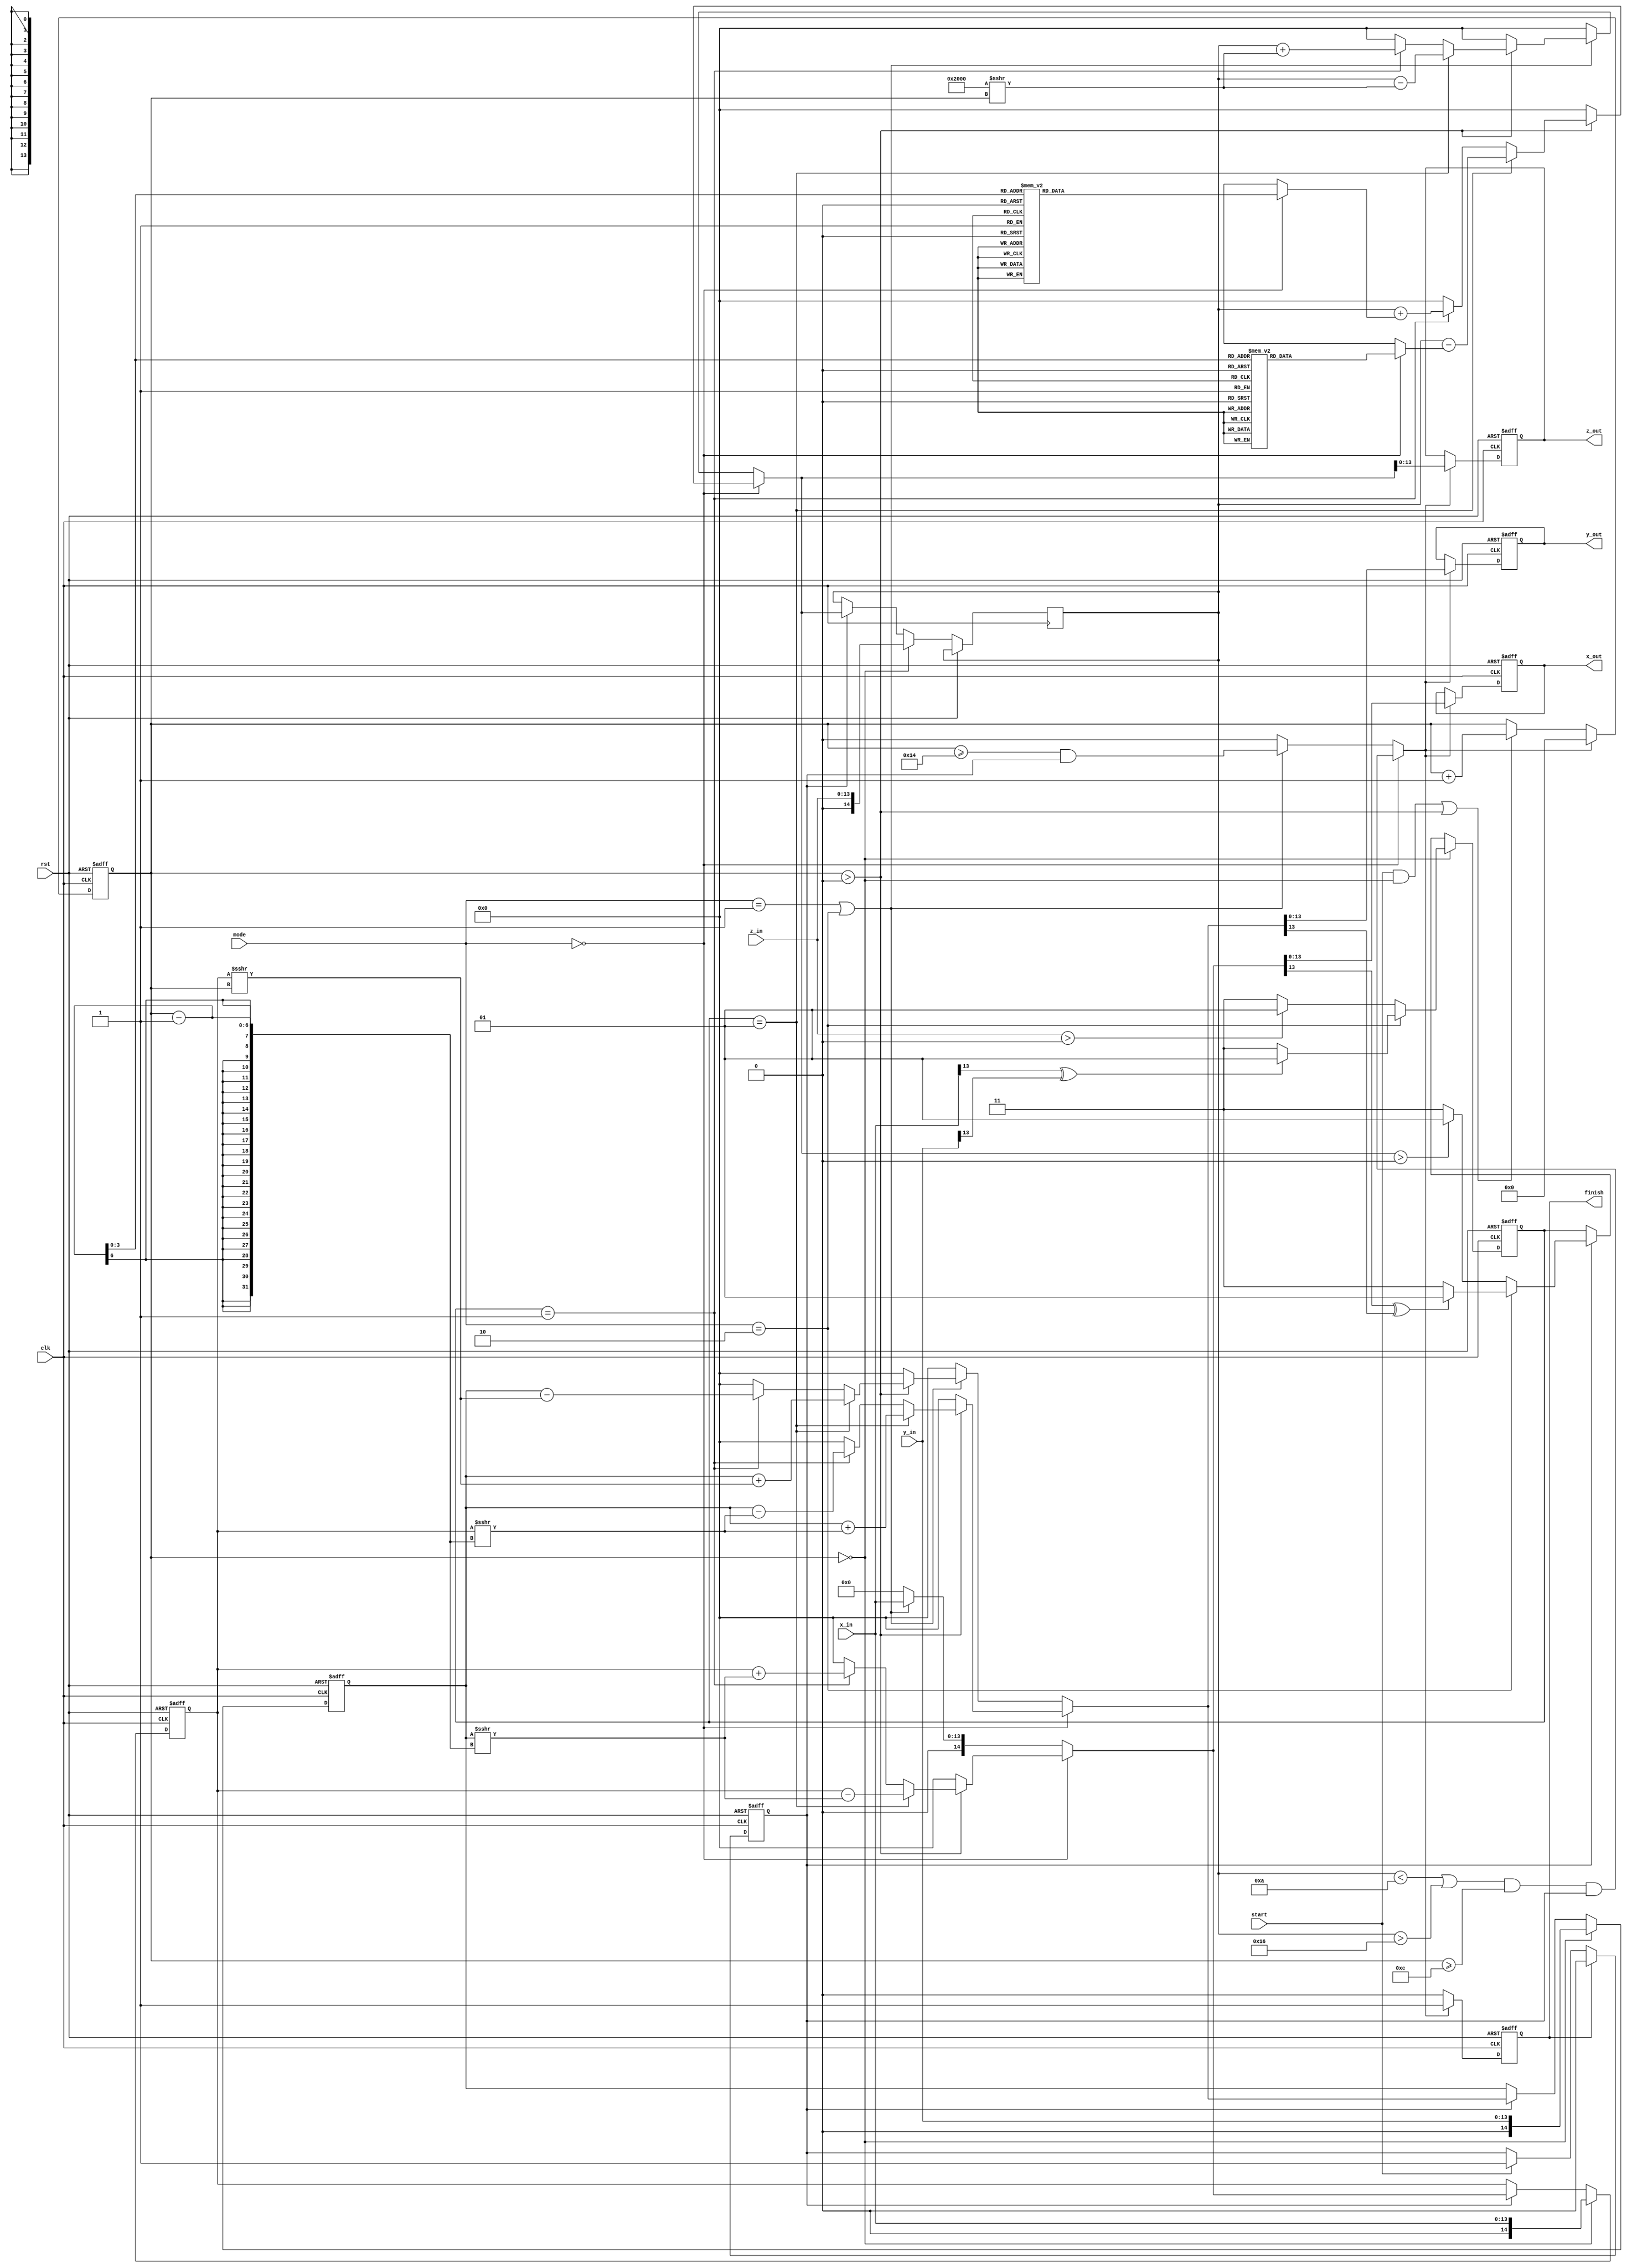
module cordic
(
input               clk,
input               rst,
input               start,
input   [3:0]       mode, //0:circle roatation mode / 1: multi /2:divide
input   [13:0]      x_in,
input   [13:0]      y_in,
input   [13:0]      z_in,
output reg [13:0]   x_out,
output reg [13:0]   y_out,
output reg [13:0]   z_out,
output reg          finish
);

reg signed  [14:0]      z_temp;
reg signed  [14:0]      x_temp;
reg signed  [14:0]      y_temp;
reg         [5:0]       i;
reg signed  [1:0]       d;
reg                     status;
reg                     finish_temp;
reg  signed [14:0]      x_compute;
reg  signed [14:0]      y_compute;
reg  signed [14:0]      z_compute;

always@(*)begin
    if(mode == 'd0)
        finish_temp =   (((z_temp < 'sd10 ) || (z_temp > -'sd10)) && (i >= 'd12)) && (status == 'd1);
    else if ((mode == 'd1) || (mode == 'd2))
        finish_temp =   (i >= 'd20) && (status == 'd1);
    else
        finish_temp =   'd0;
end

always@(*)begin
    if(mode == 'd0)begin
        x_compute   =   (i > 'd0)?  ((d == 'sd1)? (x_temp - (y_temp >>> (i - 1))) : (d == -'sd1)? (x_temp + (y_temp >>> (i - 1))) : 'sd0) : 'sd0;
        y_compute   =   (i > 'd0)?  ((d == 'sd1)? (y_temp + (x_temp >>> (i - 1))) : (d == -'sd1)? (y_temp - (x_temp >>> (i - 1))) : 'sd0) : 'sd0;
        z_compute   =   (i > 'd0)?  ((d == 'sd1)? (z_temp - ang(i-1)) : (d == -'sd1)? (z_temp + ang(i-1)) : 'sd0) : 'sd0;
    end else if ((mode == 'd1) || (mode == 'd2))begin
        x_compute   =   x_in;
        y_compute   =   (i > 'd0)?  ((d == 'sd1)? (y_temp + (x_temp >>> i)) : (d == -'sd1)? (y_temp - (x_temp >>> i)) : 'sd0) : 'sd0;
        z_compute   =   (i > 'd0)?  ((d == 'sd1)? (z_temp - (15'sh2000 >>> i)) : (d == -'sd1)? (z_temp + (15'h2000 >>> i)) : 'sd0) : 'sd0;
    end else begin
        x_compute   =   'd0;
        y_compute   =   'd0;
        z_compute   =   'd0;
    end
end

always@(posedge clk or posedge rst)begin
    if(rst)begin
        status      <=  'd0;
    end else begin
        if(finish)
            status      <=  'd0;
        else if (start)
            status      <=  'd1;
    end
end

always@(posedge clk or posedge rst)begin
    if(rst)begin
        x_temp      <=  'sd0;
        y_temp      <=  'sd0;
        x_out       <=  'sd0;
        y_out       <=  'sd0;
        z_out       <=  'sd0;
        i           <=  'd0;
        d           <=  'sd1;
        finish      <=  'd0;
    end else begin
        finish      <=  'd0;
        if((start && (i == 'd0)) || (i > 'd0))begin
            i   <=  i   +   'd1;
        end

        if(i == 'd0)begin
            x_temp  <=  x_in;
            y_temp  <=  y_in;
            z_temp  <=  z_in;
            if(mode == 'd2)
                d   <=  (x_in[13] ^ y_in[13])? 'sd1 : -'sd1;
            else
                d   <=  (z_in > 'sd0)? 'sd1 : -'sd1;
        end else if(status)begin
            x_temp  <=  x_compute;
            y_temp  <=  y_compute;
            z_temp  <=  z_compute;
            if(mode == 'd2)
                d   <=  (x_compute[13] ^ y_compute[13])? 'sd1 : -'sd1;
            else
                d   <=  (z_compute > 'sd0)? 'sd1 : -'sd1;
        end

        if(finish_temp)begin
            finish  <=  'd1;
            x_out   <=  x_compute;
            y_out   <=  y_compute;
            z_out   <=  z_compute;
            i       <=  'd0;
        end
    end
end

function [13:0] ang;
input   [3:0]   i;
case(i)
    'd0:        ang = 'd4500;
    'd1:        ang = 'd2657;
    'd2:        ang = 'd1404;
    'd3:        ang = 'd713;
    'd4:        ang = 'd358;
    'd5:        ang = 'd179;
    'd6:        ang = 'd90;
    'd7:        ang = 'd45;
    'd8:        ang = 'd22;
    'd9:        ang = 'd11;
    'd10:       ang = 'd6;
    'd11:       ang = 'd3;
    'd12:       ang = 'd1;
    default:    ang = 'd0;
endcase
endfunction

endmodule